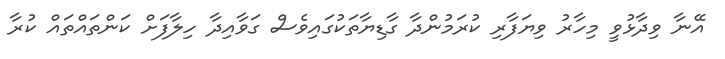
އޭނާ ވިދާޅުވީ މިހާރު ވިޔަފާރި ކުރަމުންދާ ގާޑިޔާތަކުގައިވެސް ގަވާއިދާ ހިލާފަށް ކަންތައްތައް ކުރާ